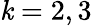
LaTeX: \mathit{k}=2,3